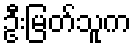
ဦးမြတ်သူက